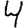
Digit: 4